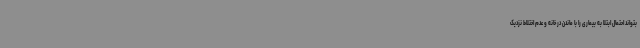
بتواند احتمال ابتلا به بیماری را با ماندن در خانه و عدم اختلاط نزدیک